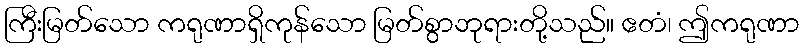
ကြီးမြတ်သော ကရုဏာရှိကုန်သော မြတ်စွာဘုရားတို့သည်။ ဧတံ၊ ဤကရုဏာ